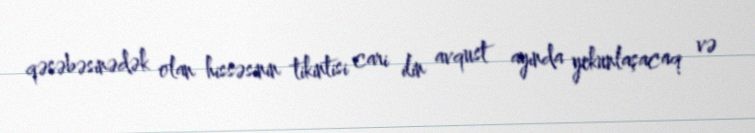
qəsəbəsinədək olan hissəsinin tikintisi cari ilin avqust ayında yekunlaşacaq və